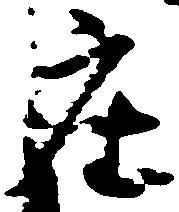
座